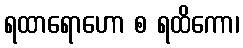
ရထာရောဟော စ ရထိကော၊